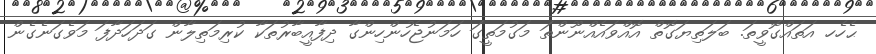
ޙެހެހ އަތައްގޮވީތަ. ބަލަތިޔަގޮތް އޮއްވައެއްނޫންތަ މަގުމަތީގަ ހަމަނުޖެހުންހިންގާ ދިފާއީބާރުތަކާ ކުރިމަތިލާން ގަދަހަދާފަ މަވެގަނެގެން